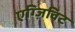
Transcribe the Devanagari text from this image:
एग्ज़िविट